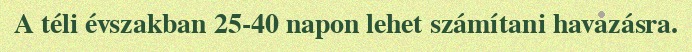
A téli évszakban 25-40 napon lehet számítani havazásra.